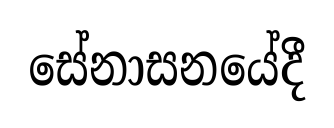
සේනාසනයේදී